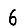
Digit: 6